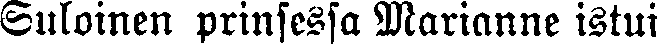
Suloinen prinsessa Marianne istui